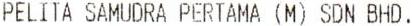
PELITA SAMUDRA PERTAMA (M) SDN BHD.